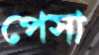
পেসা